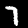
Label: 7